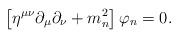
LaTeX: \begin{align*}\left[\eta^{\mu\nu}\partial_{\mu}\partial_{\nu}+m^2_n\right]\varphi_n=0.\end{align*}